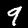
Digit: 9